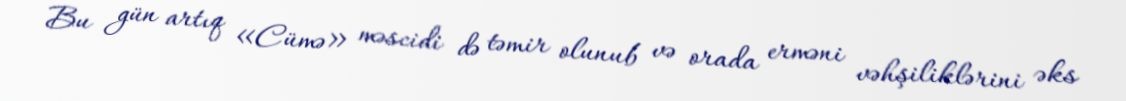
Bu gün artıq «Cümə» məscidi də təmir olunub və orada erməni vəhşiliklərini əks